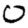
Digit: 0